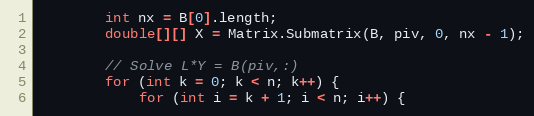
Language: Java
        int nx = B[0].length;
        double[][] X = Matrix.Submatrix(B, piv, 0, nx - 1);

        // Solve L*Y = B(piv,:)
        for (int k = 0; k < n; k++) {
            for (int i = k + 1; i < n; i++) {